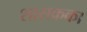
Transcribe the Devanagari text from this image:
शासकका